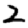
Digit: 2